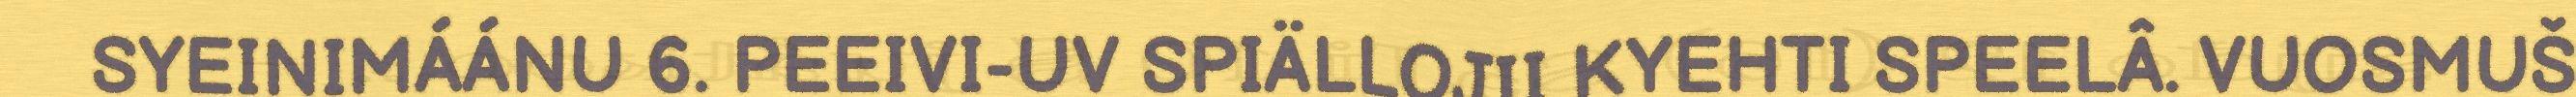
SYEINIMÁÁNU 6. PEEIVI-UV SPIÄLLOJII KYEHTI SPEELÂ. VUOSMUŠ